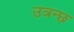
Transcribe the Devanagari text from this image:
उत्रन्छ